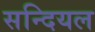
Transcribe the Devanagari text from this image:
सन्दियल